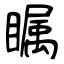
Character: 瞩